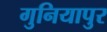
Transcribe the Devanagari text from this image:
गुनियापुर